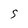
Character: S